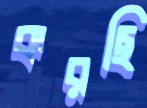
করছি